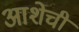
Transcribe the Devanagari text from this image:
आशेची